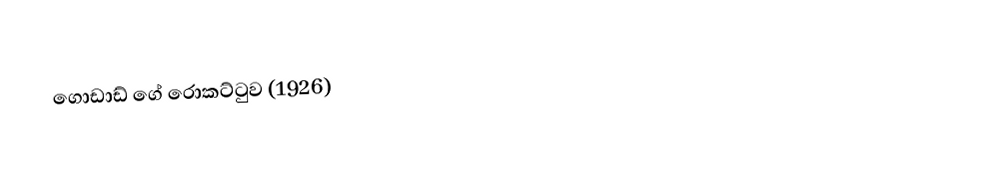
ගොඩාඩ් ගේ රොකට්ටුව (1926)